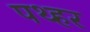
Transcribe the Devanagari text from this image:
पथ्हर